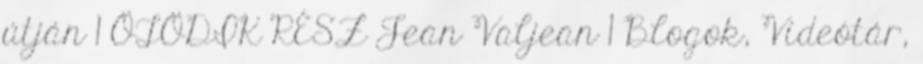
útján 1 ÖTÖDIK RÉSZ Jean Valjean 1 Blogok, Videótár,